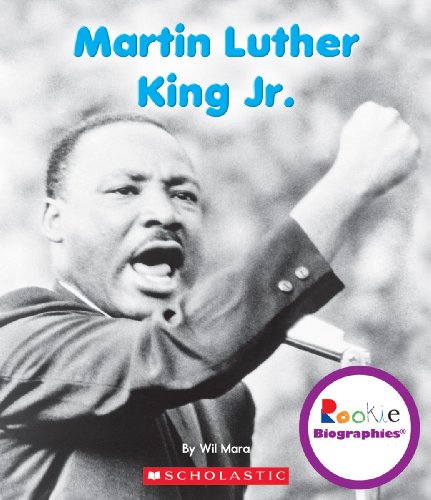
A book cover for Martin Luther King Jr. (Rookie Biographies); Wil Mara; Children's Books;